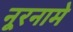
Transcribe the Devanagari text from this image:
नूरनामे